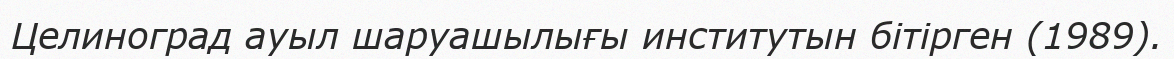
Целиноград ауыл шаруашылығы институтын бітірген (1989).